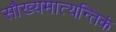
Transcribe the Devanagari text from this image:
सौख्यमात्यन्तिकं